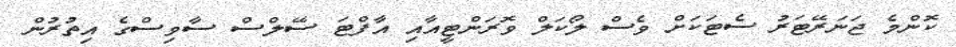
ކޮންމެ ޖަނަރޭޓަރު ސެޓަކަަށް ވެސް ލޯކަލް ވޮރަންޓީއާއި އާފްޓަ ސޭލްސް ސާވިސްގެ އިތުރުން